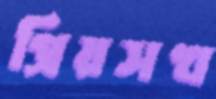
প্রিয়সখ